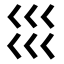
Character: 𡿭